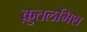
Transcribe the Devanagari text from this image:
क़ुतलमिश